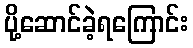
ပို့ဆောင်ခဲ့ရကြောင်း